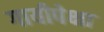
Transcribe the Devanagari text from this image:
गायीपेक्षा